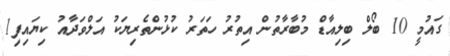
ގައުމީ 10 ބޯލް ބިލިއާޑް މުބާރާތުން އިތުރު ހަތަރު ކުޅުންތެރިޔަކު އަލްވަދާއު ކިޔައިފި1